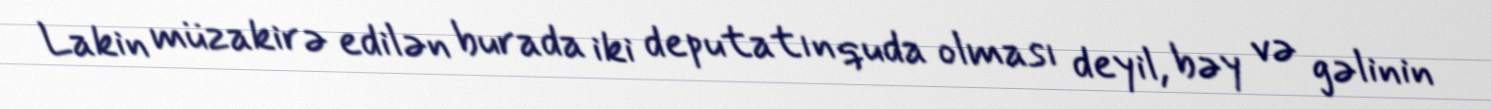
Lakin müzakirə edilən burada iki deputatın quda olması deyil, bəy və gəlinin